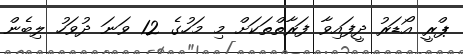
ޕްރީ އޯޑަރު ދީފައިވާ ފަރާތްތަކަށް މި މަހުގެ 12 ވަނަ ދުވަހު ލިބެން